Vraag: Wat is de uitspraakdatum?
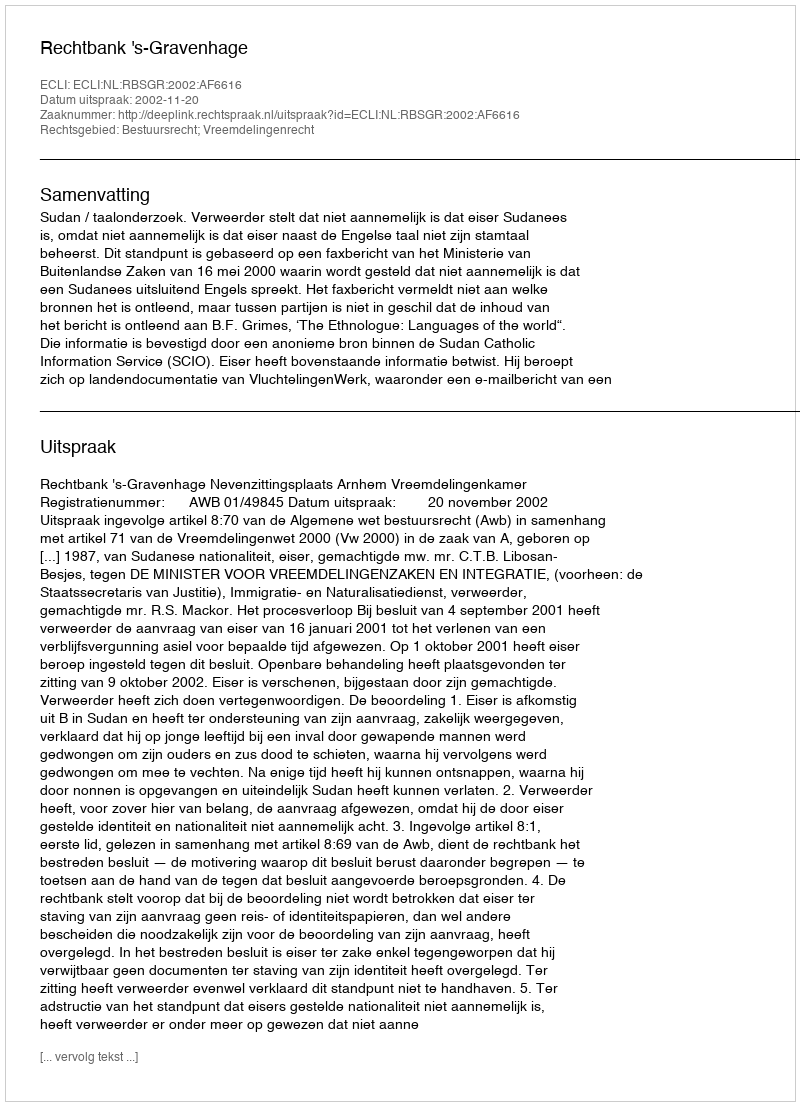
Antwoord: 2002-11-20